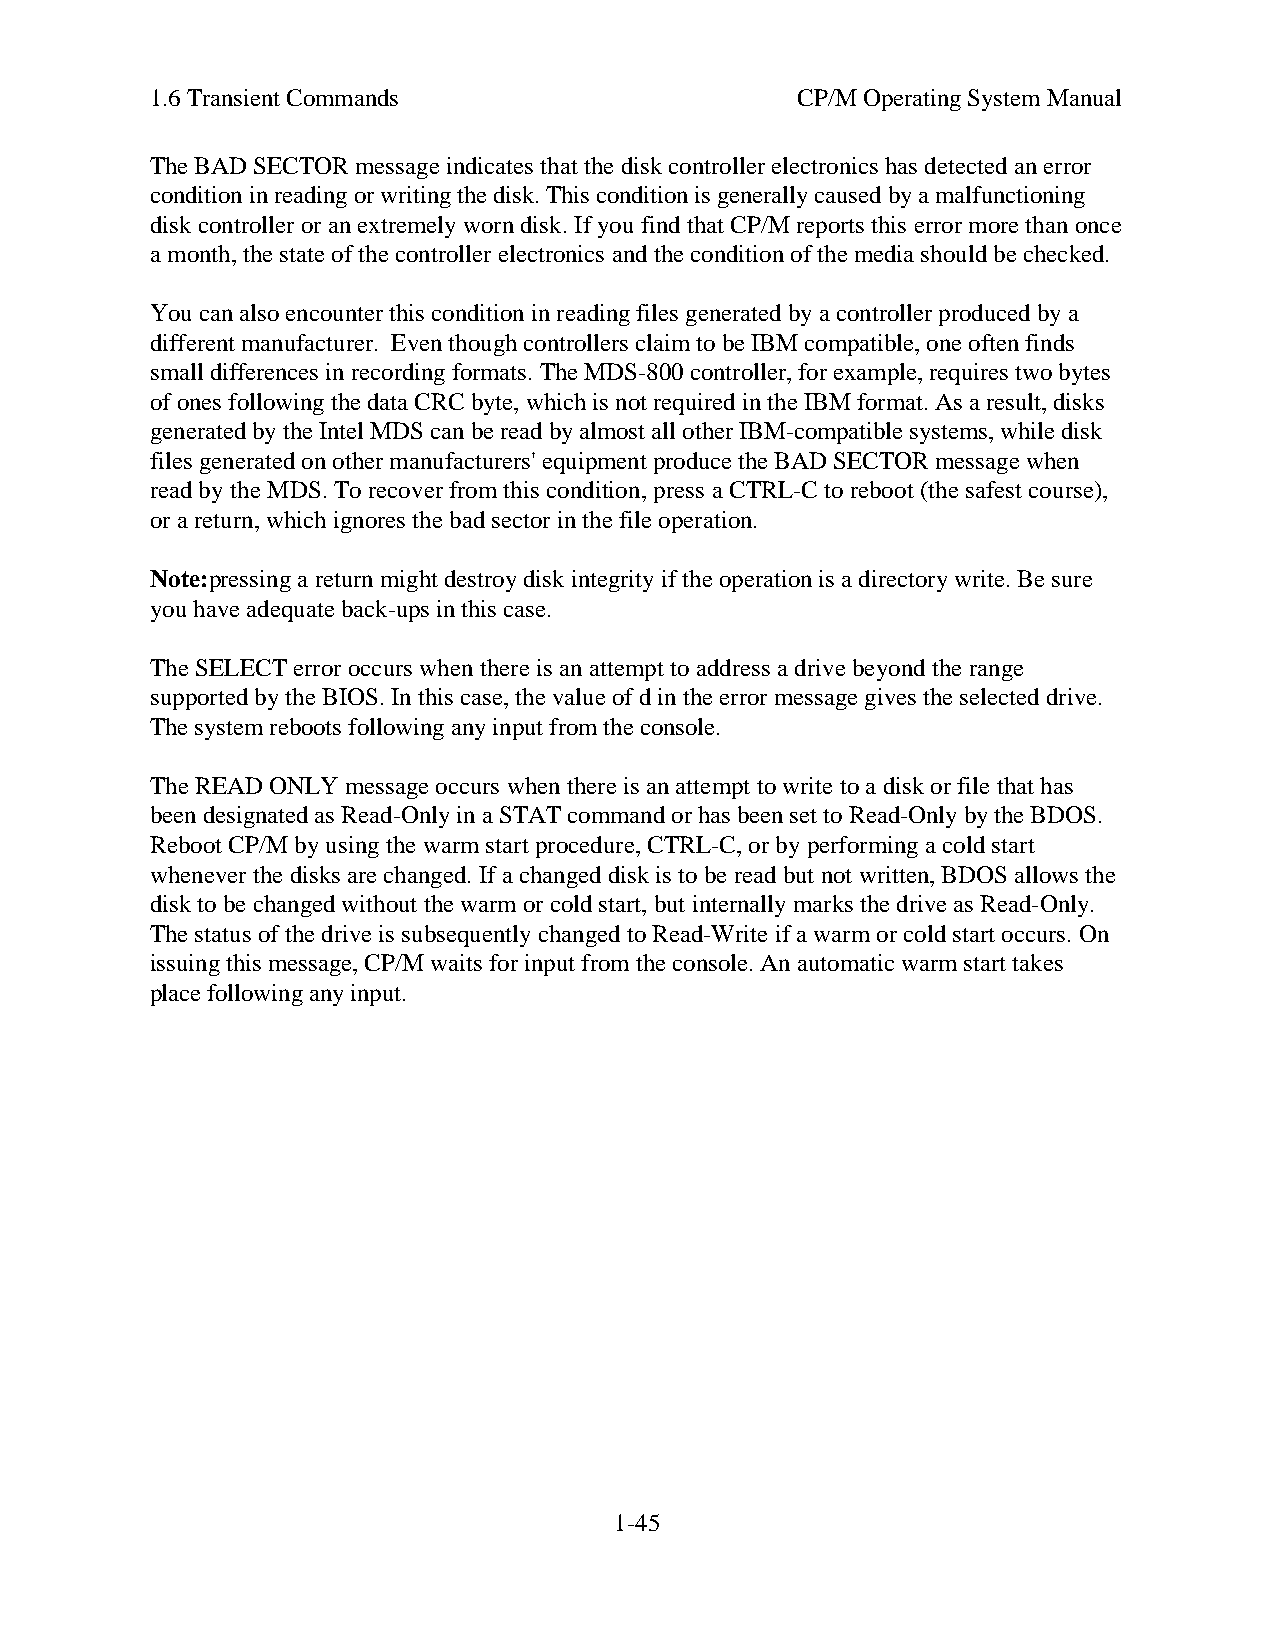
1.6 Transient Commands                     CP/M Operating System Manual
 The BAD SECTOR message indicates that the disk controller electronics has detected an error
 condition in reading or writing the disk. This condition is generally caused by a malfunctioning
 disk controller or an extremely worn disk. If you find that CP/M reports this error more than once
 a month, the state of the controller electronics and the condition of the media should be checked.
 You can also encounter this condition in reading files generated by a controller produced by a
 different manufacturer. Even though controllers claim to be IBM compatible, one often finds
 small differences in recording formats. The MDS-800 controller, for example, requires two bytes
 of ones following the data CRC byte, which is not required in the IBM format. As a result, disks
 generated by the Intel MDS can be read by almost all other IBM-compatible systems, while disk
 files generated on other manufacturers' equipment produce the BAD SECTOR message when
 read by the MDS. To recover from this condition, press a CTRL-C to reboot (the safest course),
 or a return, which ignores the bad sector in the file operation.
 Note:pressing a return might destroy disk integrity if the operation is a directory write. Be sure
 you have adequate back-ups in this case.
 The SELECT error occurs when there is an attempt to address a drive beyond the range
 supported by the BIOS. In this case, the value of d in the error message gives the selected drive.
 The system reboots following any input from the console.
 The READ ONLY message occurs when there is an attempt to write to a disk or file that has
 been designated as Read-Only in a STAT command or has been set to Read-Only by the BDOS.
 Reboot CP/M by using the warm start procedure, CTRL-C, or by performing a cold start
 whenever the disks are changed. If a changed disk is to be read but not written, BDOS allows the
 disk to be changed without the warm or cold start, but internally marks the drive as Read-Only.
 The status of the drive is subsequently changed to Read-Write if a warm or cold start occurs. On
 issuing this message, CP/M waits for input from the console. An automatic warm start takes
 place following any input.
 1-45